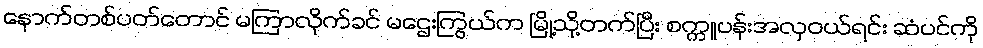
နောက်တစ်ပတ်တောင် မကြာလိုက်ခင် မဌေးကြွယ်က မြို့သို့တက်ပြီး စက္ကူပန်းအလှဝယ်ရင်း ဆံပင်ကို